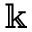
\Bbbk